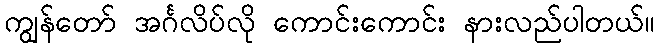
ကျွန်တော် အင်္ဂလိပ်လို ကောင်းကောင်း နားလည်ပါတယ်။